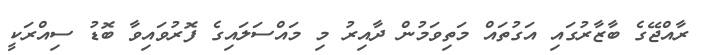
ރާއްޖޭގެ ބާޒާރުގައި އަގުތައް މަތިވަމުން ދާއިރު މި މައްސަލައިގެ ފޮރުވައިވާ ބޮޑު ސިއްރަކީ